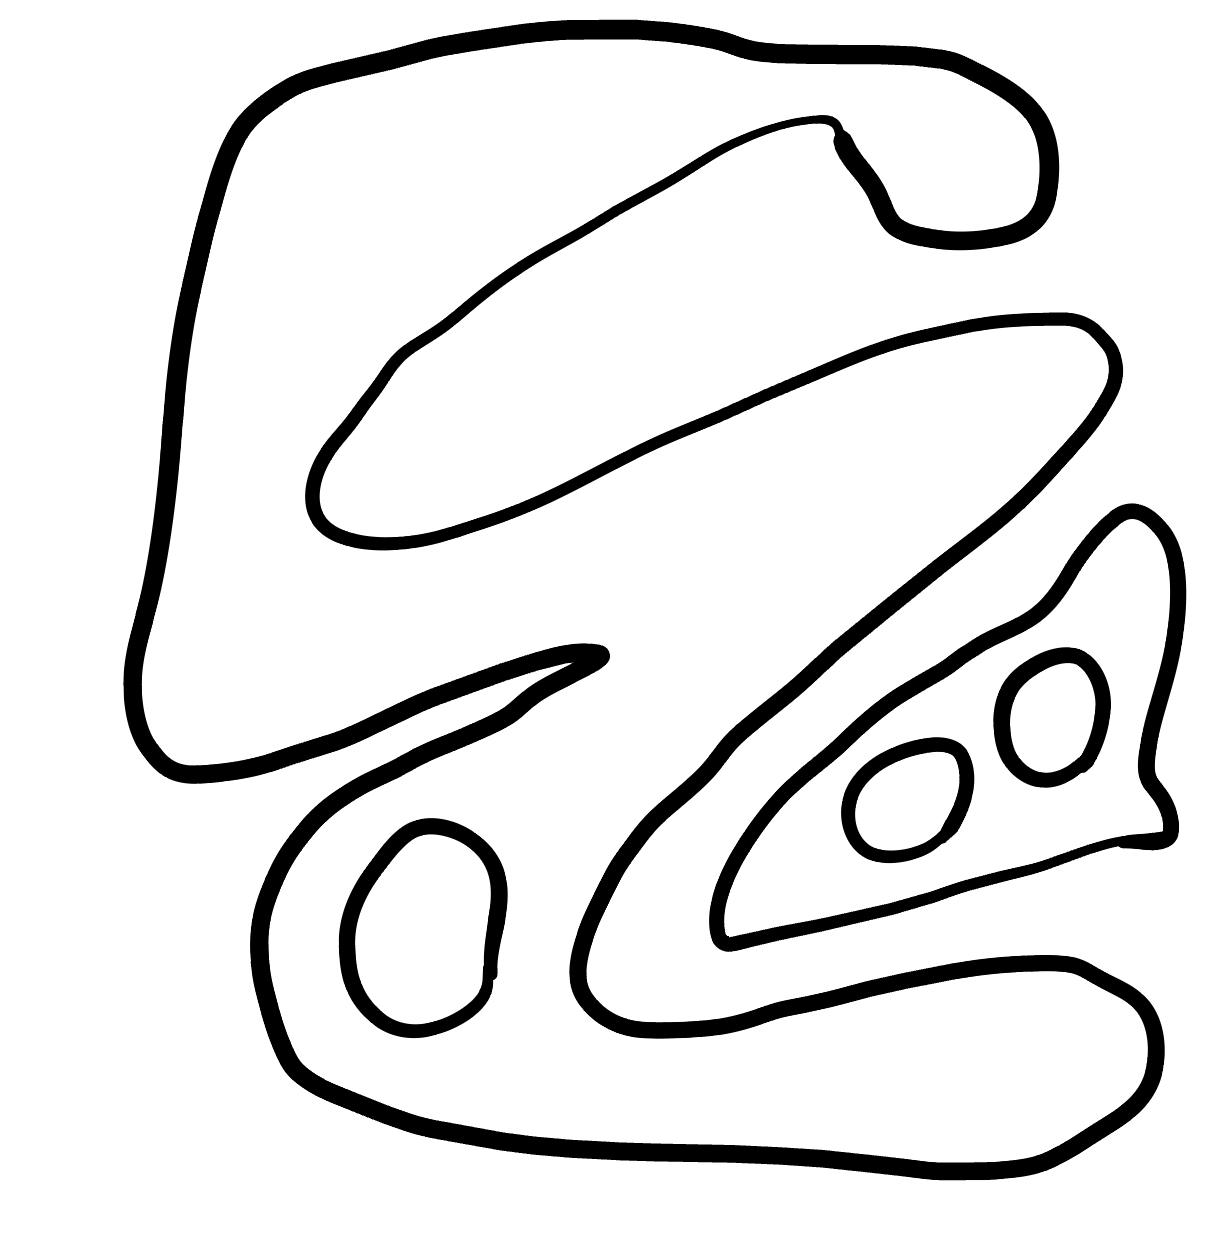
Number of regions (including the outer root region): 6
Containment tree edges (parent, child): 0, 1, 0, 4, 1, 2, 1, 3, 4, 5